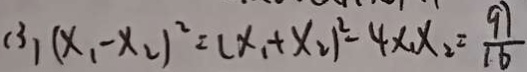
( 3 ) ( x _ { 1 } - x _ { 2 } ) ^ { 2 } = ( x _ { 1 } + x _ { 2 } ) ^ { 2 } - 4 x _ { 1 } x _ { 2 } = \frac { 9 7 } { 1 6 }